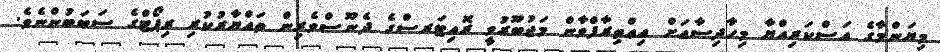
މިޔަންމާގެ އަސްކަރިއްޔާ މިހާދިސާއަށް އިޢްތިރާފްވާން މަޖުބޫރުވީ ރޮއިޓަރސްގެ ދެނޫސްވެރިން ތައްޔާރުކުރި ރިޕޯޓްގެ ސަބަބުންނެވެ.